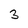
Character: 3